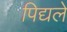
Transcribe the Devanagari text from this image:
पिद्यले